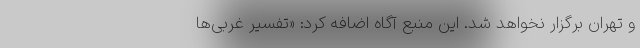
و تهران برگزار نخواهد شد. این منبع آگاه اضافه کرد: «تفسیر غربی‌ها